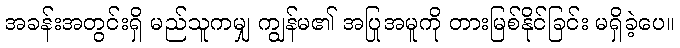
အခန်းအတွင်းရှိ မည်သူကမျှ ကျွန်မ၏ အပြုအမူကို တားမြစ်နိုင်ခြင်း မရှိခဲ့ပေ။